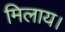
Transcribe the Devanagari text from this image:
मिलाय।